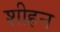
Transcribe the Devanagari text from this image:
शीहन